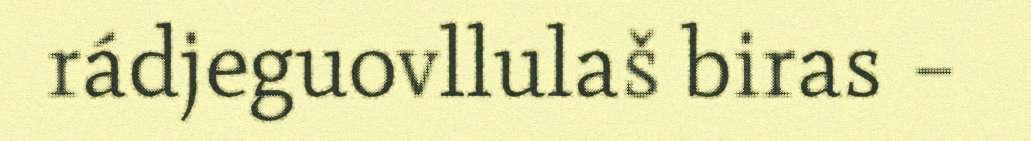
rádjeguovllulaš biras –